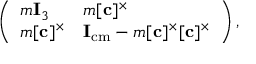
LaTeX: \left( { \begin{array} { l l } { m { \mathbf { I } _ { 3 } } } & { m [ { \mathbf { c } } ] ^ { \times } } \\ { m [ { \mathbf { c } } ] ^ { \times } } & { { \mathbf { I } } _ { \mathrm { { c m } } } - m [ { \mathbf { c } } ] ^ { \times } [ { \mathbf { c } } ] ^ { \times } } \end{array} } \right) ,